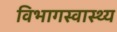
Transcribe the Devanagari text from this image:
विभागस्वास्थ्य